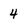
Character: 4